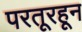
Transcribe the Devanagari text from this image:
परतूरहून